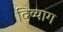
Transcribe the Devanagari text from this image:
दिव्याग